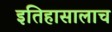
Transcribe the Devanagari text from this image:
इतिहासालाच